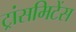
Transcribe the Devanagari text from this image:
ट्रांसमिटेंस